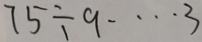
7 5 \div 9 \cdots 3